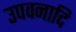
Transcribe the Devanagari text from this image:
उपवनादि